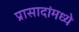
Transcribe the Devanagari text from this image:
प्रासादांमध्ये